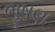
ભૂષણ